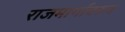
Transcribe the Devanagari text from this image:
राजमार्गावरून